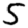
Digit: 5